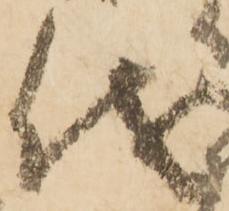
儀